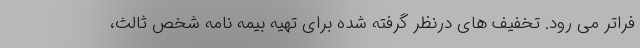
فراتر می رود. تخفیف های درنظر گرفته شده برای تهیه بیمه نامه شخص ثالث،